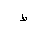
Letter: _da